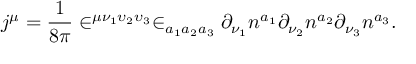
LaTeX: j ^ { \mu } = \frac 1 { 8 \pi } \in ^ { \mu \nu _ { 1 } \upsilon _ { 2 } \upsilon _ { 3 } } \in _ { a _ { 1 } a _ { 2 } a _ { 3 } } \partial _ { \nu _ { 1 } } n ^ { a _ { 1 } } \partial _ { \nu _ { 2 } } n ^ { a _ { 2 } } \partial _ { \nu _ { 3 } } n ^ { a _ { 3 } } .